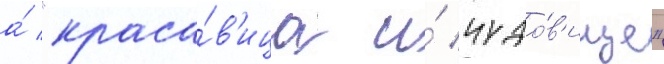
а́ "краса́в'ица и́ чудо́в'ище"